Annual administration report of the Civil Veterinary Department of India - 1899-1900
Year: 1899
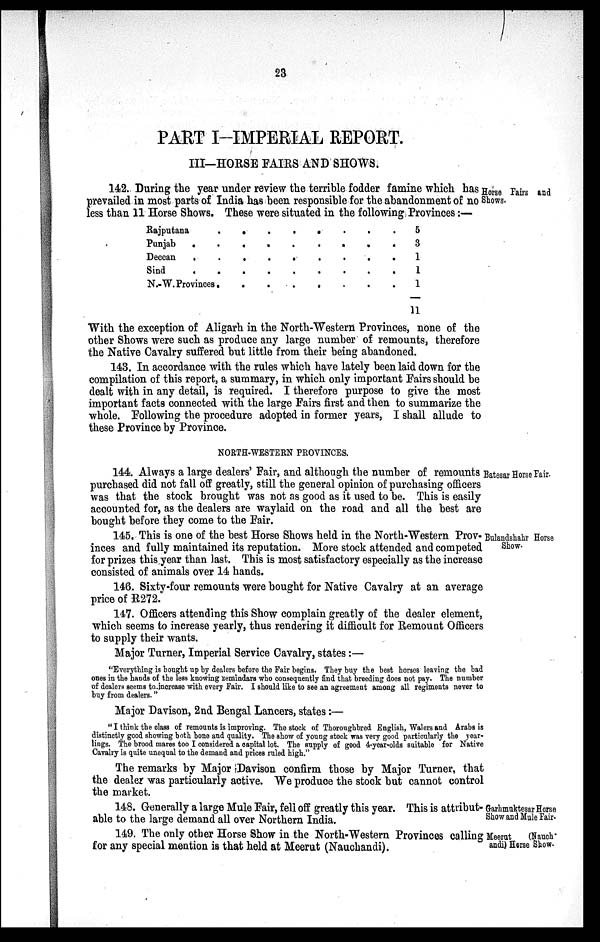
23
PART I-IMPERIAL REPORT.
III-HORSE FAIRS AND SHOWS.
Horse Fairs and
Shows.
142. During the year under review the terrible fodder famine which has
prevailed in most parts of India has been responsible for the abandonment of no
less than 11 Horse Shows. These were situated in the following Provinces:—
Rajputana . . . . . . . .
Punjab
.
.
.
.
.
.
.
.
.
Deccan
.
.
.
.
.
.
.
.
.
Sind. . . . . . . . . .
N.-W. Provinces.
.
.
.
.
.
.
.
5
3
1
1
1
11
With the exception of Aligarh in the North-Western Provinces, none of the
other Shows were such as produce any large number of remounts, therefore
the Native Cavalry suffered but little from their being abandoned.
143. In accordance with the rules which have lately been laid down for the
compilation of this report, a summary, in which only important Fairs should be
dealt with in any detail, is required. I therefore purpose to give the most
important facts connected with the large Fairs first and then to summarize the
whole. Following the procedure adopted in former years, I shall allude to
these Province by Province.
NORTH-WESTERN PROVINCES.
Batesar Horse Fair.
144. Always a large dealers' Fair, and although the number of remounts
purchased did not fall off greatly, still the general opinion of purchasing officers
was that the stock brought was not as good as it used to be. This is easily
accounted for, as the dealers are waylaid on the road and all the best are
bought before they come to the Fair.
Bulandshahr Horse
Show.
145. This is one of the best Horse Shows held in the North-Western Prov-
inces and fully maintained its reputation. More stock attended and competed
for prizes this year than last. This is most satisfactory especially as the increase
consisted of animals over 14 hands.
146. Sixty-four remounts were bought for Native Cavalry at an average
price of R272.
147. Officers attending this Show complain greatly of the dealer element,
which seems to increase yearly, thus rendering it difficult for Remount Officers
to supply their wants.
Major Turner, Imperial Service Cavalry, states:—
"Everything is bought up by dealers before the Fair begins. They buy the best horses leaving the bad
ones in the hands of the less knowing zemindars who consequently find that breeding does not pay. The number
of dealers seems to increase with every Fair. I should like to see an agreement among all regiments never to
buy from dealers."
Major Davison, 2nd Bengal Lancers, states:—
"I think the class of remounts is improving. The stock of Thoroughbred English, Walers and Arabs is
distinctly good showing both bone and quality. The show of young stock was very good particularly the year-
lings. The brood mares too I considered a capital lot. The supply of good 4-year-olds suitable for Native
Cavalry is quite unequal to the demand and prices ruled high."
The remarks by Major Davison confirm those by Major Turner, that
the dealer was particularly active. We produce the stock but cannot control
the market.
Garhmuktesar Horse
Show and Mule Fair.
148. Generally a large Mule Fair, fell off greatly this year. This is attribut-
able to the large demand all over Northern India.
Meerut ( N a u c h a u d i ) Horse Show.
149. The only other Horse Show in the North-Western Provinces calling
for any special mention is that held at Meerut (Nauchandi).